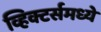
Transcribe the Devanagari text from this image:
व्हिक्टर्समध्ये